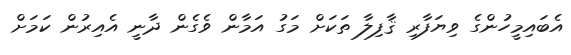
އެބައިމީހުންގެ ވިޔަފާރި ޤާފިލާ ތަކަށް މަގު އަމާން ވެގެން ދާނީ އެއިރުން ކަމަށް